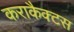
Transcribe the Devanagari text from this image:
कराकैक्टस